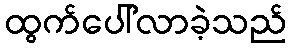
ထွက်ပေါ်လာခဲ့သည်